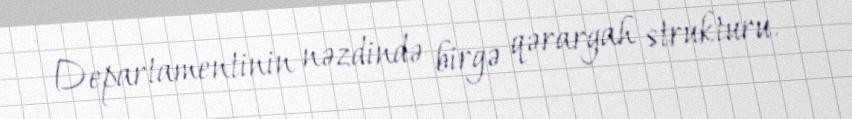
Departamentinin nəzdində birgə qərargah strukturu.